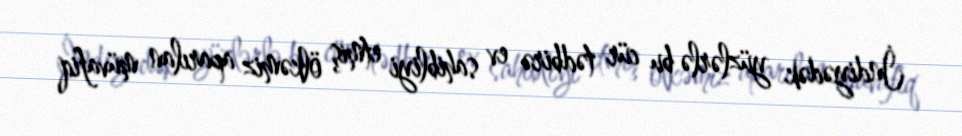
İndiyədək yüzlərlə bu cür tədbirə ev sahibliyi etmiş ölkəmiz aparılan müvafiq